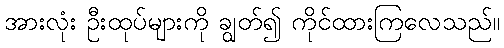
အားလုံး ဦးထုပ်များကို ချွတ်၍ ကိုင်ထားကြလေသည်။